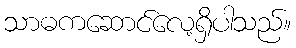
သာဓကဆောင်လေ့ရှိပါသည်။